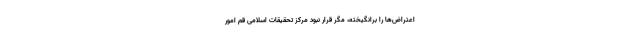
اعتراض‌ها را برانگیخته، مگر قرار نبود مرکز تحقیقات اسلامی قم امور